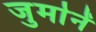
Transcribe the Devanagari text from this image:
जुर्मानें